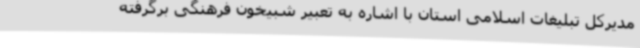
مدیرکل تبلیغات اسلامی استان با اشاره به تعبیر شبیخون فرهنگی برگرفته